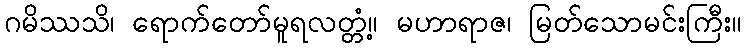
ဂမိဿသိ၊ ရောက်တော်မူရလတ္တံ့။ မဟာရာဇ၊ မြတ်သောမင်းကြီး။